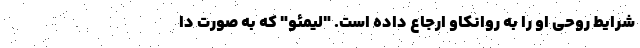
شرایط روحی او را به روانکاو ارجاع داده است. "لیمئو" که به صورت دا